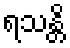
ရသန္တိ